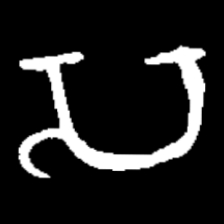
Pyu character \u2014 Myanmar letter: သ (romanized: sa)